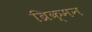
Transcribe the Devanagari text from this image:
ब्रिक्मन